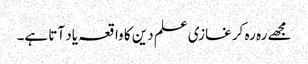
مجھے رہ رہ کر غازی علم دین کا واقعہ یاد آتا ہے۔